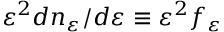
\varepsilon ^ { 2 } d n _ { \varepsilon } / d \varepsilon \equiv \varepsilon ^ { 2 } f _ { \varepsilon }